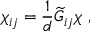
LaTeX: \chi _ { i j } = { \frac { 1 } { d } } { \widetilde G } _ { i j } \chi ~ ,